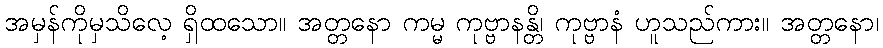
အမှန်ကိုမှသိလေ့ ရှိထသော။ အတ္တနော ကမ္မ ကုဗ္ဗာနန္တိ၊ ကုဗ္ဗာနံ ဟူသည်ကား။ အတ္တနော၊